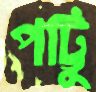
পট্টিু